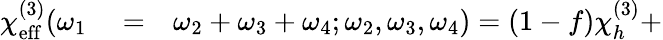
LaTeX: \begin{array}{rlr}{\chi_{\mathrm{eff}}^{(3)}(\omega_{1}}&{{}=}&{\omega_{2}+\omega_{3}+\omega_{4};\omega_{2},\omega_{3},\omega_{4})=(1-f)\chi_{h}^{(3)}+}\end{array}